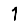
Digit: 1